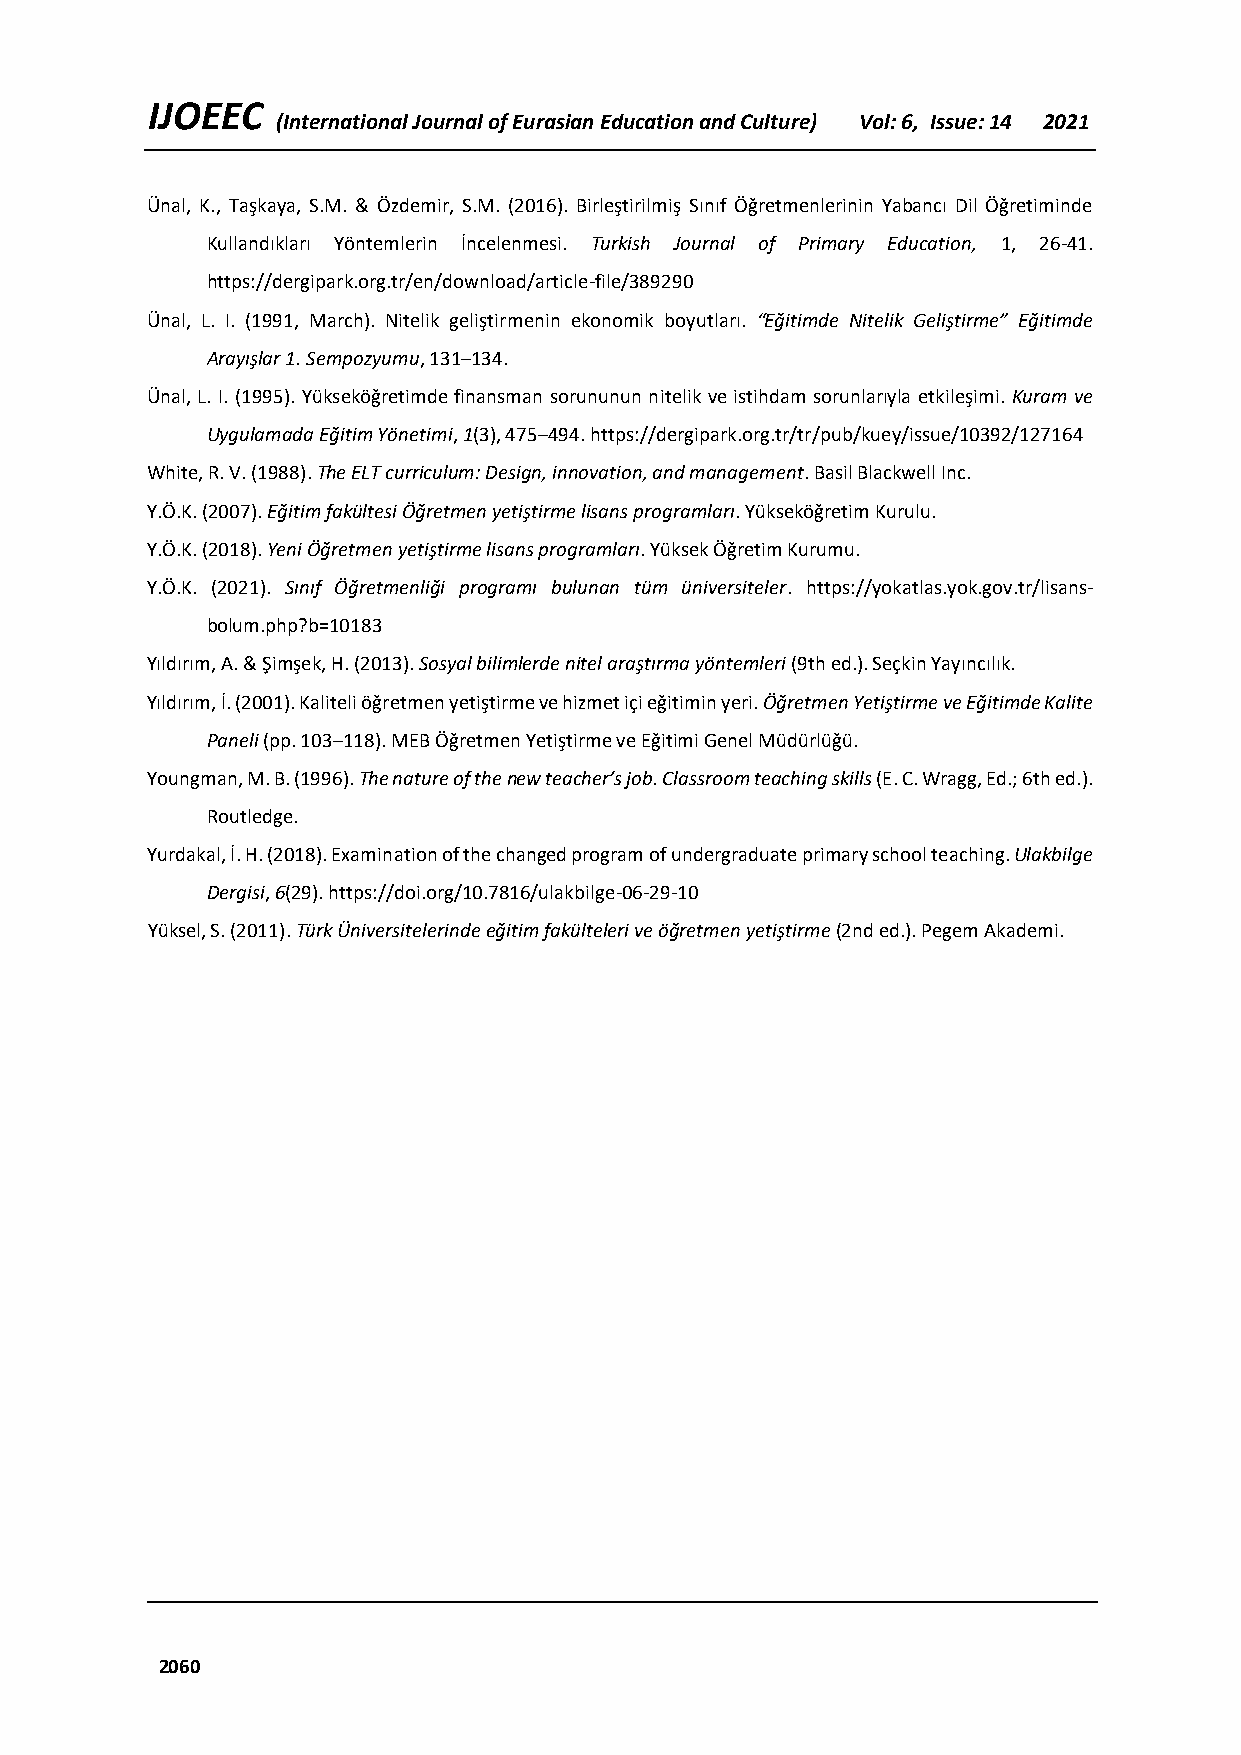
IJOEEC
 (International Journal of Eurasian Education and Culture) Vol: 6, Issue: 14 2021
 Ünal, K., Taşkaya, S.M. & Özdemir, S.M. (2016). Birleştirilmiş Sınıf Öğretmenlerinin Yabancı Dil Öğretiminde
 Kullandıkları Yöntemlerin İncelenmesi. Turkish Journal of Primary Education, 1, 26-41.
 https://dergipark.org.tr/en/download/article-file/389290
 Ünal, L. I. (1991, March). Nitelik geliştirmenin ekonomik boyutları. “Eğitimde Nitelik Geliştirme” Eğitimde
 Arayışlar 1. Sempozyumu, 131–134.
 Ünal, L. I. (1995). Yükseköğretimde finansman sorununun nitelik ve istihdam sorunlarıyla etkileşimi. Kuram ve
 Uygulamada Eğitim Yönetimi, 1(3), 475–494. https://dergipark.org.tr/tr/pub/kuey/issue/10392/127164
 White, R. V. (1988). The ELT curriculum: Design, innovation, and management. Basil Blackwell Inc.
 Y.Ö.K. (2007). Eğitim fakültesi Öğretmen yetiştirme lisans programları. Yükseköğretim Kurulu.
 Y.Ö.K. (2018). Yeni Öğretmen yetiştirme lisans programları. Yüksek Öğretim Kurumu.
 Y.Ö.K. (2021). Sınıf Öğretmenliği programı bulunan tüm üniversiteler. https://yokatlas.yok.gov.tr/lisans-
 bolum.php?b=10183
 Yıldırım, A. & Şimşek, H. (2013). Sosyal bilimlerde nitel araştırma yöntemleri (9th ed.). Seçkin Yayıncılık.
 Yıldırım, İ. (2001). Kaliteli öğretmen yetiştirme ve hizmet içi eğitimin yeri. Öğretmen Yetiştirme ve Eğitimde Kalite
 Paneli (pp. 103–118). MEB Öğretmen Yetiştirme ve Eğitimi Genel Müdürlüğü.
 Youngman, M. B. (1996). The nature of the new teacher’s job. Classroom teaching skills (E. C. Wragg, Ed.; 6th ed.).
 Routledge.
 Yurdakal, İ. H. (2018). Examination of the changed program of undergraduate primary school teaching. Ulakbilge
 Dergisi, 6(29). https://doi.org/10.7816/ulakbilge-06-29-10
 Yüksel, S. (2011). Türk Üniversitelerinde eğitim fakülteleri ve öğretmen yetiştirme (2nd ed.). Pegem Akademi.
 2060